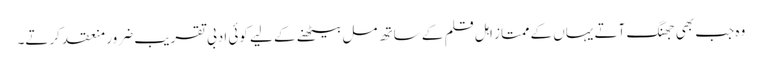
وہ جب بھی جھنگ آتے یہاں کے ممتاز اہل قلم کے ساتھ مل بیٹھنے کے لیے کوئی ادبی تقریب ضرور منعقد کرتے۔